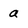
Character: a